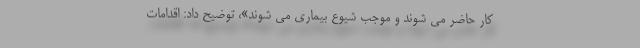
کار حاضر می شوند و موجب شیوع بیماری می شوند»، توضیح داد: اقدامات